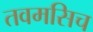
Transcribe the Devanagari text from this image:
तवमसिच